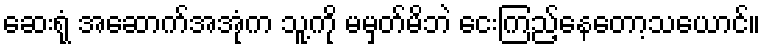
ဆေးရုံ အဆောက်အအုံက သူ့ကို မမှတ်မိဘဲ ငေးကြည့်နေတော့သယောင်။